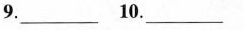
9.___ 10.___